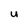
Character: U